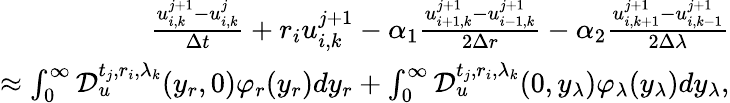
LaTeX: \begin{array}{r}{\frac{u_{i,k}^{j+1}-u_{i,k}^{j}}{\Delta t}+r_{i}u_{i,k}^{j+1}-\alpha_{1}\frac{u_{i+1,k}^{j+1}-u_{i-1,k}^{j+1}}{2\Delta r}-\alpha_{2}\frac{u_{i,k+1}^{j+1}-u_{i,k-1}^{j+1}}{2\Delta\lambda}}\\ {\approx\int_{0}^{\infty}\mathcal{D}_{u}^{t_{j},r_{i},\lambda_{k}}(y_{r},0)\varphi_{r}(y_{r})dy_{r}+\int_{0}^{\infty}\mathcal{D}_{u}^{t_{j},r_{i},\lambda_{k}}(0,y_{\lambda})\varphi_{\lambda}(y_{\lambda})dy_{\lambda},}\end{array}